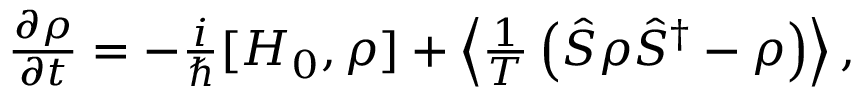
\begin{array} { r } { \frac { \partial \rho } { \partial t } = - \frac { i } { \hbar } [ H _ { 0 } , \rho ] + \left\langle \frac { 1 } { T } \left( \hat { S } \rho \hat { S } ^ { \dagger } - \rho \right) \right\rangle , } \end{array}